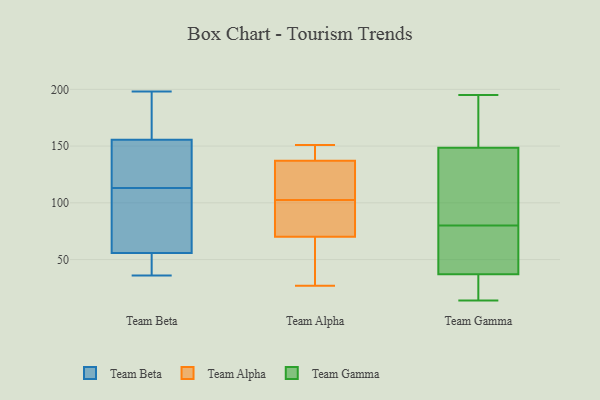
{"axis": {"x": "Backlog", "y": "Value"}, "legend": ["Team Alpha", "Team Beta", "Team Gamma"], "data": [{"x": "", "y": 197, "type": "Team Beta"}, {"x": "", "y": 194, "type": "Team Beta"}, {"x": "", "y": 73, "type": "Team Beta"}, {"x": "", "y": 154, "type": "Team Beta"}, {"x": "", "y": 143, "type": "Team Beta"}, {"x": "", "y": 78, "type": "Team Beta"}, {"x": "", "y": 113, "type": "Team Beta"}, {"x": "", "y": 118, "type": "Team Beta"}, {"x": "", "y": 48, "type": "Team Beta"}, {"x": "", "y": 156, "type": "Team Beta"}, {"x": "", "y": 79, "type": "Team Beta"}, {"x": "", "y": 50, "type": "Team Beta"}, {"x": "", "y": 36, "type": "Team Beta"}, {"x": "", "y": 50, "type": "Team Beta"}, {"x": "", "y": 198, "type": "Team Beta"}, {"x": "", "y": 70, "type": "Team Alpha"}, {"x": "", "y": 137, "type": "Team Alpha"}, {"x": "", "y": 69, "type": "Team Alpha"}, {"x": "", "y": 146, "type": "Team Alpha"}, {"x": "", "y": 129, "type": "Team Alpha"}, {"x": "", "y": 87, "type": "Team Alpha"}, {"x": "", "y": 105, "type": "Team Alpha"}, {"x": "", "y": 100, "type": "Team Alpha"}, {"x": "", "y": 27, "type": "Team Alpha"}, {"x": "", "y": 151, "type": "Team Alpha"}, {"x": "", "y": 42, "type": "Team Gamma"}, {"x": "", "y": 150, "type": "Team Gamma"}, {"x": "", "y": 15, "type": "Team Gamma"}, {"x": "", "y": 80, "type": "Team Gamma"}, {"x": "", "y": 14, "type": "Team Gamma"}, {"x": "", "y": 179, "type": "Team Gamma"}, {"x": "", "y": 184, "type": "Team Gamma"}, {"x": "", "y": 136, "type": "Team Gamma"}, {"x": "", "y": 148, "type": "Team Gamma"}, {"x": "", "y": 64, "type": "Team Gamma"}, {"x": "", "y": 125, "type": "Team Gamma"}, {"x": "", "y": 63, "type": "Team Gamma"}, {"x": "", "y": 195, "type": "Team Gamma"}, {"x": "", "y": 14, "type": "Team Gamma"}, {"x": "", "y": 22, "type": "Team Gamma"}, {"x": "", "y": 68, "type": "Team Gamma"}, {"x": "", "y": 136, "type": "Team Gamma"}]}